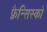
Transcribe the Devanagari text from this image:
फ़्रैन्सिस्को